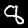
Label: 8